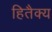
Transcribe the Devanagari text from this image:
हितैक्य